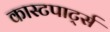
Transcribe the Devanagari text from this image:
कास्टपार्ट्स